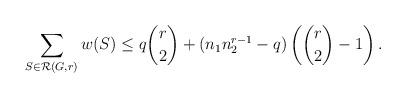
LaTeX: \begin{align*}\sum_{S\in \mathcal{R}(G,r)} w(S) &\leq q\binom{r}{2} + (n_1n_2^{r-1} - q)\left( \binom{r}{2} - 1 \right).\end{align*}